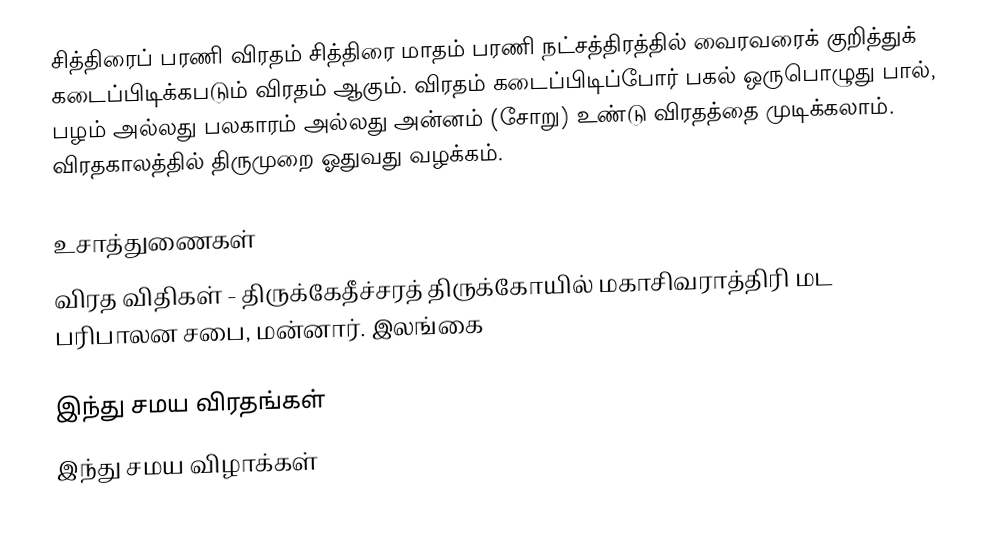
சித்திரைப் பரணி விரதம் சித்திரை மாதம் பரணி நட்சத்திரத்தில் வைரவரைக் குறித்துக் கடைப்பிடிக்கபடும் விரதம் ஆகும். விரதம் கடைப்பிடிப்போர் பகல் ஒருபொழுது பால், பழம் அல்லது பலகாரம் அல்லது அன்னம் (சோறு) உண்டு விரதத்தை முடிக்கலாம். விரதகாலத்தில் திருமுறை ஓதுவது வழக்கம்.

உசாத்துணைகள்
விரத விதிகள் - திருக்கேதீச்சரத் திருக்கோயில் மகாசிவராத்திரி மட பரிபாலன சபை, மன்னார். இலங்கை

இந்து சமய விரதங்கள்
இந்து சமய விழாக்கள்